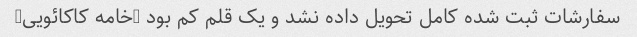
سفارشات ثبت شده کامل تحویل داده نشد و یک قلم کم بود (خامه کاکائویی)